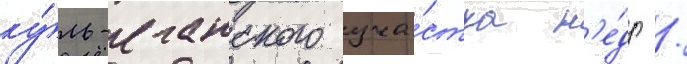
ку́ль-еганского уча́стка н'е́др /